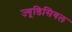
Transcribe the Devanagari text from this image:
ज्यूडिसियल